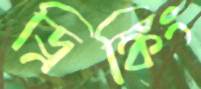
ড্রিঙ্কিং